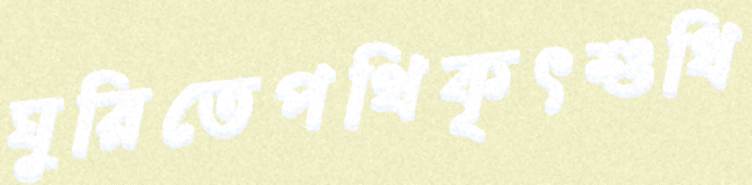
ঘুরিতেপথিকৃৎশুধি